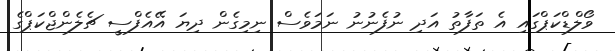
ވޯލްޑްކަޕްގައި އެ ތަފާތު އަދި ނުފެނުނު ނަމަވެސް ނިމިގެން ދިޔަ އޭއެފްސީ ޗެލެންޖްކަޕްގެ